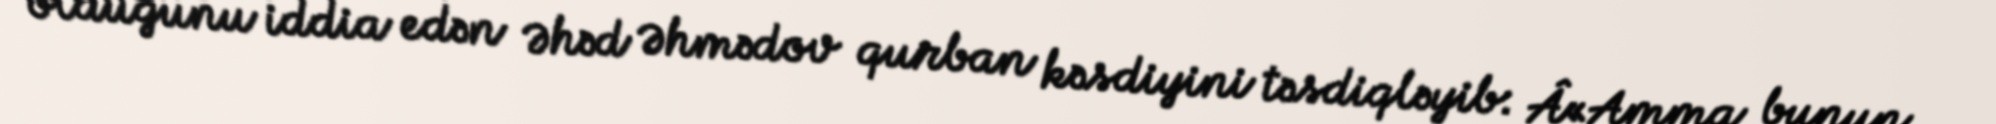
olduğunu iddia edən Əhəd Əhmədov qurban kəsdiyini təsdiqləyib: Â«Amma bunun